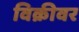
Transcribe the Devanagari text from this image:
विक्रीवर